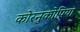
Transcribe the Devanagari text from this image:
कोरनुकोपिया